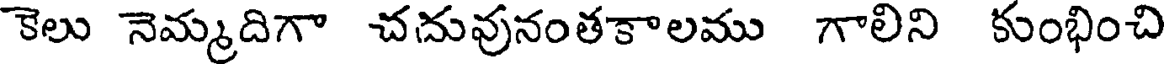
కెలు నెమ్మదిగా చదువునంతకాలము గాలిని కుంభించి